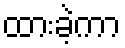
ထားခဲ့ကာ